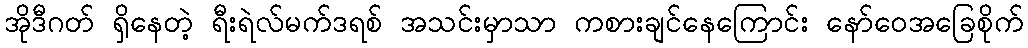
အိုဒီဂတ် ရှိနေတဲ့ ရီးရဲလ်မက်ဒရစ် အသင်းမှာသာ ကစားချင်နေကြောင်း နော်ဝေအခြေစိုက်